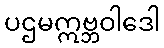
ပဌမဣဗ္ဘဝါဒေါ